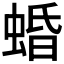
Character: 𧍎